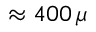
\approx 4 0 0 \, \mu